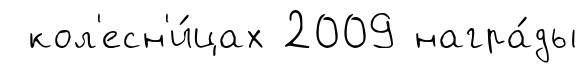
кол'есн'и́цах 2009 награ́ды